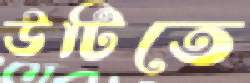
উটিতে